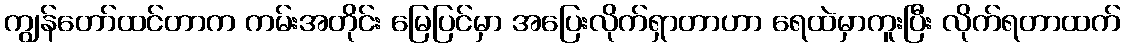
ကျွန်တော်ထင်တာက ကမ်းအတိုင်း မြေပြင်မှာ အပြေးလိုက်ရှာတာဟာ ရေထဲမှာကူးပြီး လိုက်ရတာထက်